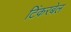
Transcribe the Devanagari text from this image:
टिंकरबेल